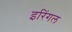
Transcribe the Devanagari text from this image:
इरिंगल